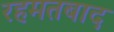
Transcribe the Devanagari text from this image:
रहमतबाद